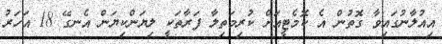
އިއުލާނުގައިވާ ގޮތުން އެ ކޮމެޓީއަށް ކުރިމަތިލާ ފަރާތަކީ ލިޔަންކިޔަން އެނގޭ 18 އަހަރު